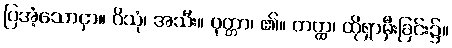
ပြအံ့သောငှာ။ ဝိသုံ၊ အသီး။ ဝုတ္တာ၊ ၏။ တတ္ထ၊ ထိုရှာမှီးခြင်း၌။